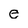
Character: e